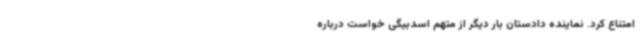
امتناع کرد. نماینده دادستان بار دیگر از متهم اسدبیگی خواست درباره